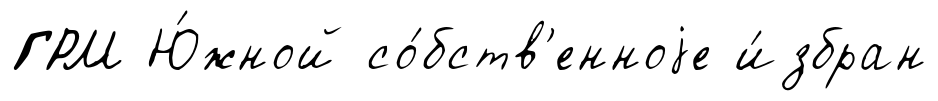
ГРМ Ю́жной со́бств'енноjе и́збран